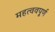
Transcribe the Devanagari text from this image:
महत्ववपूर्ण